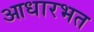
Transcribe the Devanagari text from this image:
आधारभत